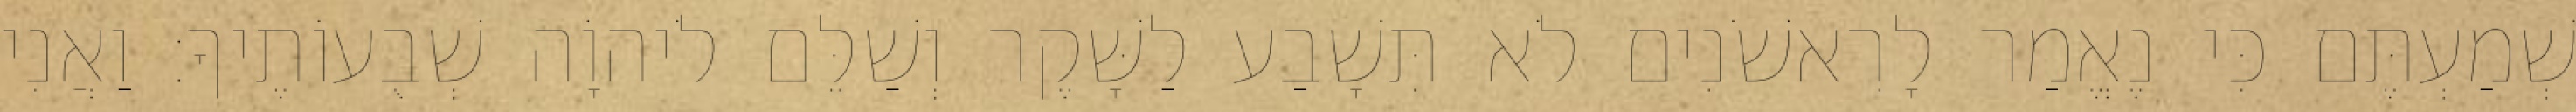
שְׁמַעְתֶּם כִּי נֶאֱמַר לָרִאשֹׁנִים לֹא תִּשָׁבַע לַשָּׁקֶר וְשַׁלֵּם לֹיהוָֹה שְׁבֻעוֹתֶיךָ׃ וַאֲנִי